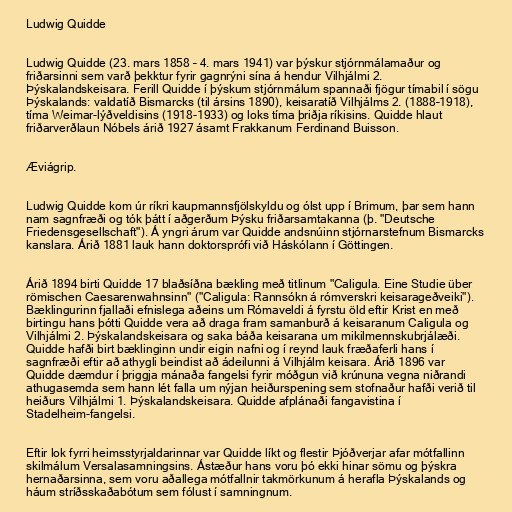
Ludwig Quidde

Ludwig Quidde (23. mars 1858 – 4. mars 1941) var þýskur stjórnmálamaður og
friðarsinni sem varð þekktur fyrir gagnrýni sína á hendur Vilhjálmi 2.
Þýskalandskeisara. Ferill Quidde í þýskum stjórnmálum spannaði fjögur tímabil í sögu
Þýskalands: valdatíð Bismarcks (til ársins 1890), keisaratíð Vilhjálms 2. (1888–1918),
tíma Weimar-lýðveldisins (1918-1933) og loks tíma þriðja ríkisins. Quidde hlaut
friðarverðlaun Nóbels árið 1927 ásamt Frakkanum Ferdinand Buisson.

Æviágrip.

Ludwig Quidde kom úr ríkri kaupmannsfjölskyldu og ólst upp í Brimum, þar sem hann
nam sagnfræði og tók þátt í aðgerðum Þýsku friðarsamtakanna (þ. "Deutsche
Friedensgesellschaft"). Á yngri árum var Quidde andsnúinn stjórnarstefnum Bismarcks
kanslara. Árið 1881 lauk hann doktorsprófi við Háskólann í Göttingen.

Árið 1894 birti Quidde 17 blaðsíðna bækling með titlinum "Caligula. Eine Studie über
römischen Caesarenwahnsinn" ("Caligula: Rannsókn á rómverskri keisarageðveiki").
Bæklingurinn fjallaði efnislega aðeins um Rómaveldi á fyrstu öld eftir Krist en með
birtingu hans þótti Quidde vera að draga fram samanburð á keisaranum Caligula og
Vilhjálmi 2. Þýskalandskeisara og saka báða keisarana um mikilmennskubrjálæði.
Quidde hafði birt bæklinginn undir eigin nafni og í reynd lauk fræðaferli hans í
sagnfræði eftir að athygli beindist að ádeilunni á Vilhjálm keisara. Árið 1896 var
Quidde dæmdur í þriggja mánaða fangelsi fyrir móðgun við krúnuna vegna niðrandi
athugasemda sem hann lét falla um nýjan heiðurspening sem stofnaður hafði verið til
heiðurs Vilhjálmi 1. Þýskalandskeisara. Quidde afplánaði fangavistina í
Stadelheim-fangelsi.

Eftir lok fyrri heimsstyrjaldarinnar var Quidde líkt og flestir Þjóðverjar afar mótfallinn
skilmálum Versalasamningsins. Ástæður hans voru þó ekki hinar sömu og þýskra
hernaðarsinna, sem voru aðallega mótfallnir takmörkunum á herafla Þýskalands og
háum stríðsskaðabótum sem fólust í samningnum.